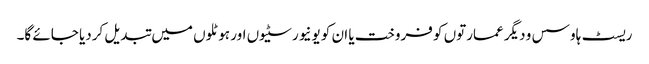
ریسٹ ہاوسس و دیگر عمارتوں کو فروخت یا ان کو یونیورسٹیوں اور ہوٹلوں میں تبدیل کردیا جائے گا۔